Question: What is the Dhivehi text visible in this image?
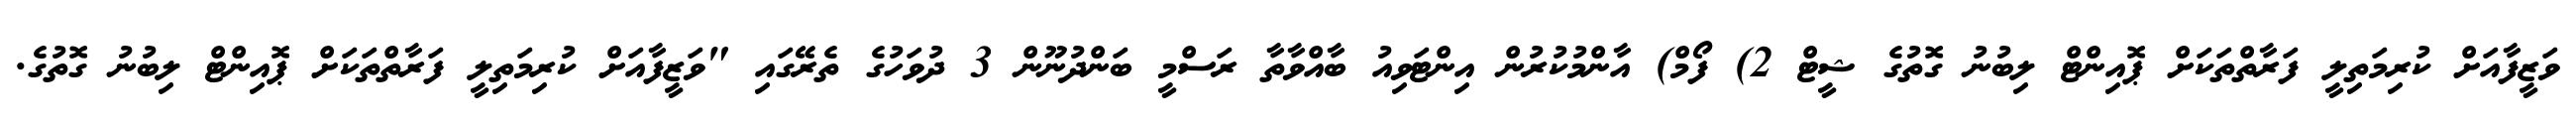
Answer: ވަޒީފާއަށް ކުރިމަތިލީ ފަރާތްތަކަށް ޕޮއިންޓް ލިބުނު ގޮތުގެ ޝީޓް 2) ފޯމް) އާންމުކުރުން އިންޓަވިއު ބާއްވާތާ ރަސްމީ ބަންދުނޫން 3 ދުވަހުގެ ތެރޭގައި "ވަޒީފާއަށް ކުރިމަތިލީ ފަރާތްތަކަށް ޕޮއިންޓް ލިބުނު ގޮތުގެ.